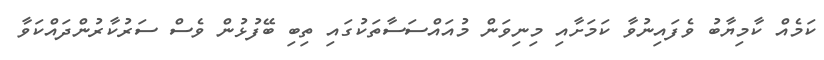
ކަމެއް ކާމިޔާބު ވެފައިނުވާ ކަމަށާއި މިނިވަން މުއައްސަސާތަކުގައި ތިބި ބޭފުޅުން ވެސް ސަރުކާރުންދައްކަވާ